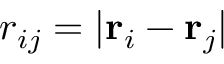
r _ { i j } = | \mathbf { r } _ { i } - \mathbf { r } _ { j } |